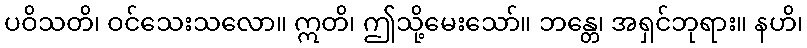
ပဝိသတိ၊ ဝင်သေးသလော။ ဣတိ၊ ဤသို့မေးသော်။ ဘန္တေ၊ အရှင်ဘုရား။ နဟိ၊